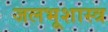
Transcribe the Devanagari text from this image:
जलभूशास्त्र